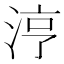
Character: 涥